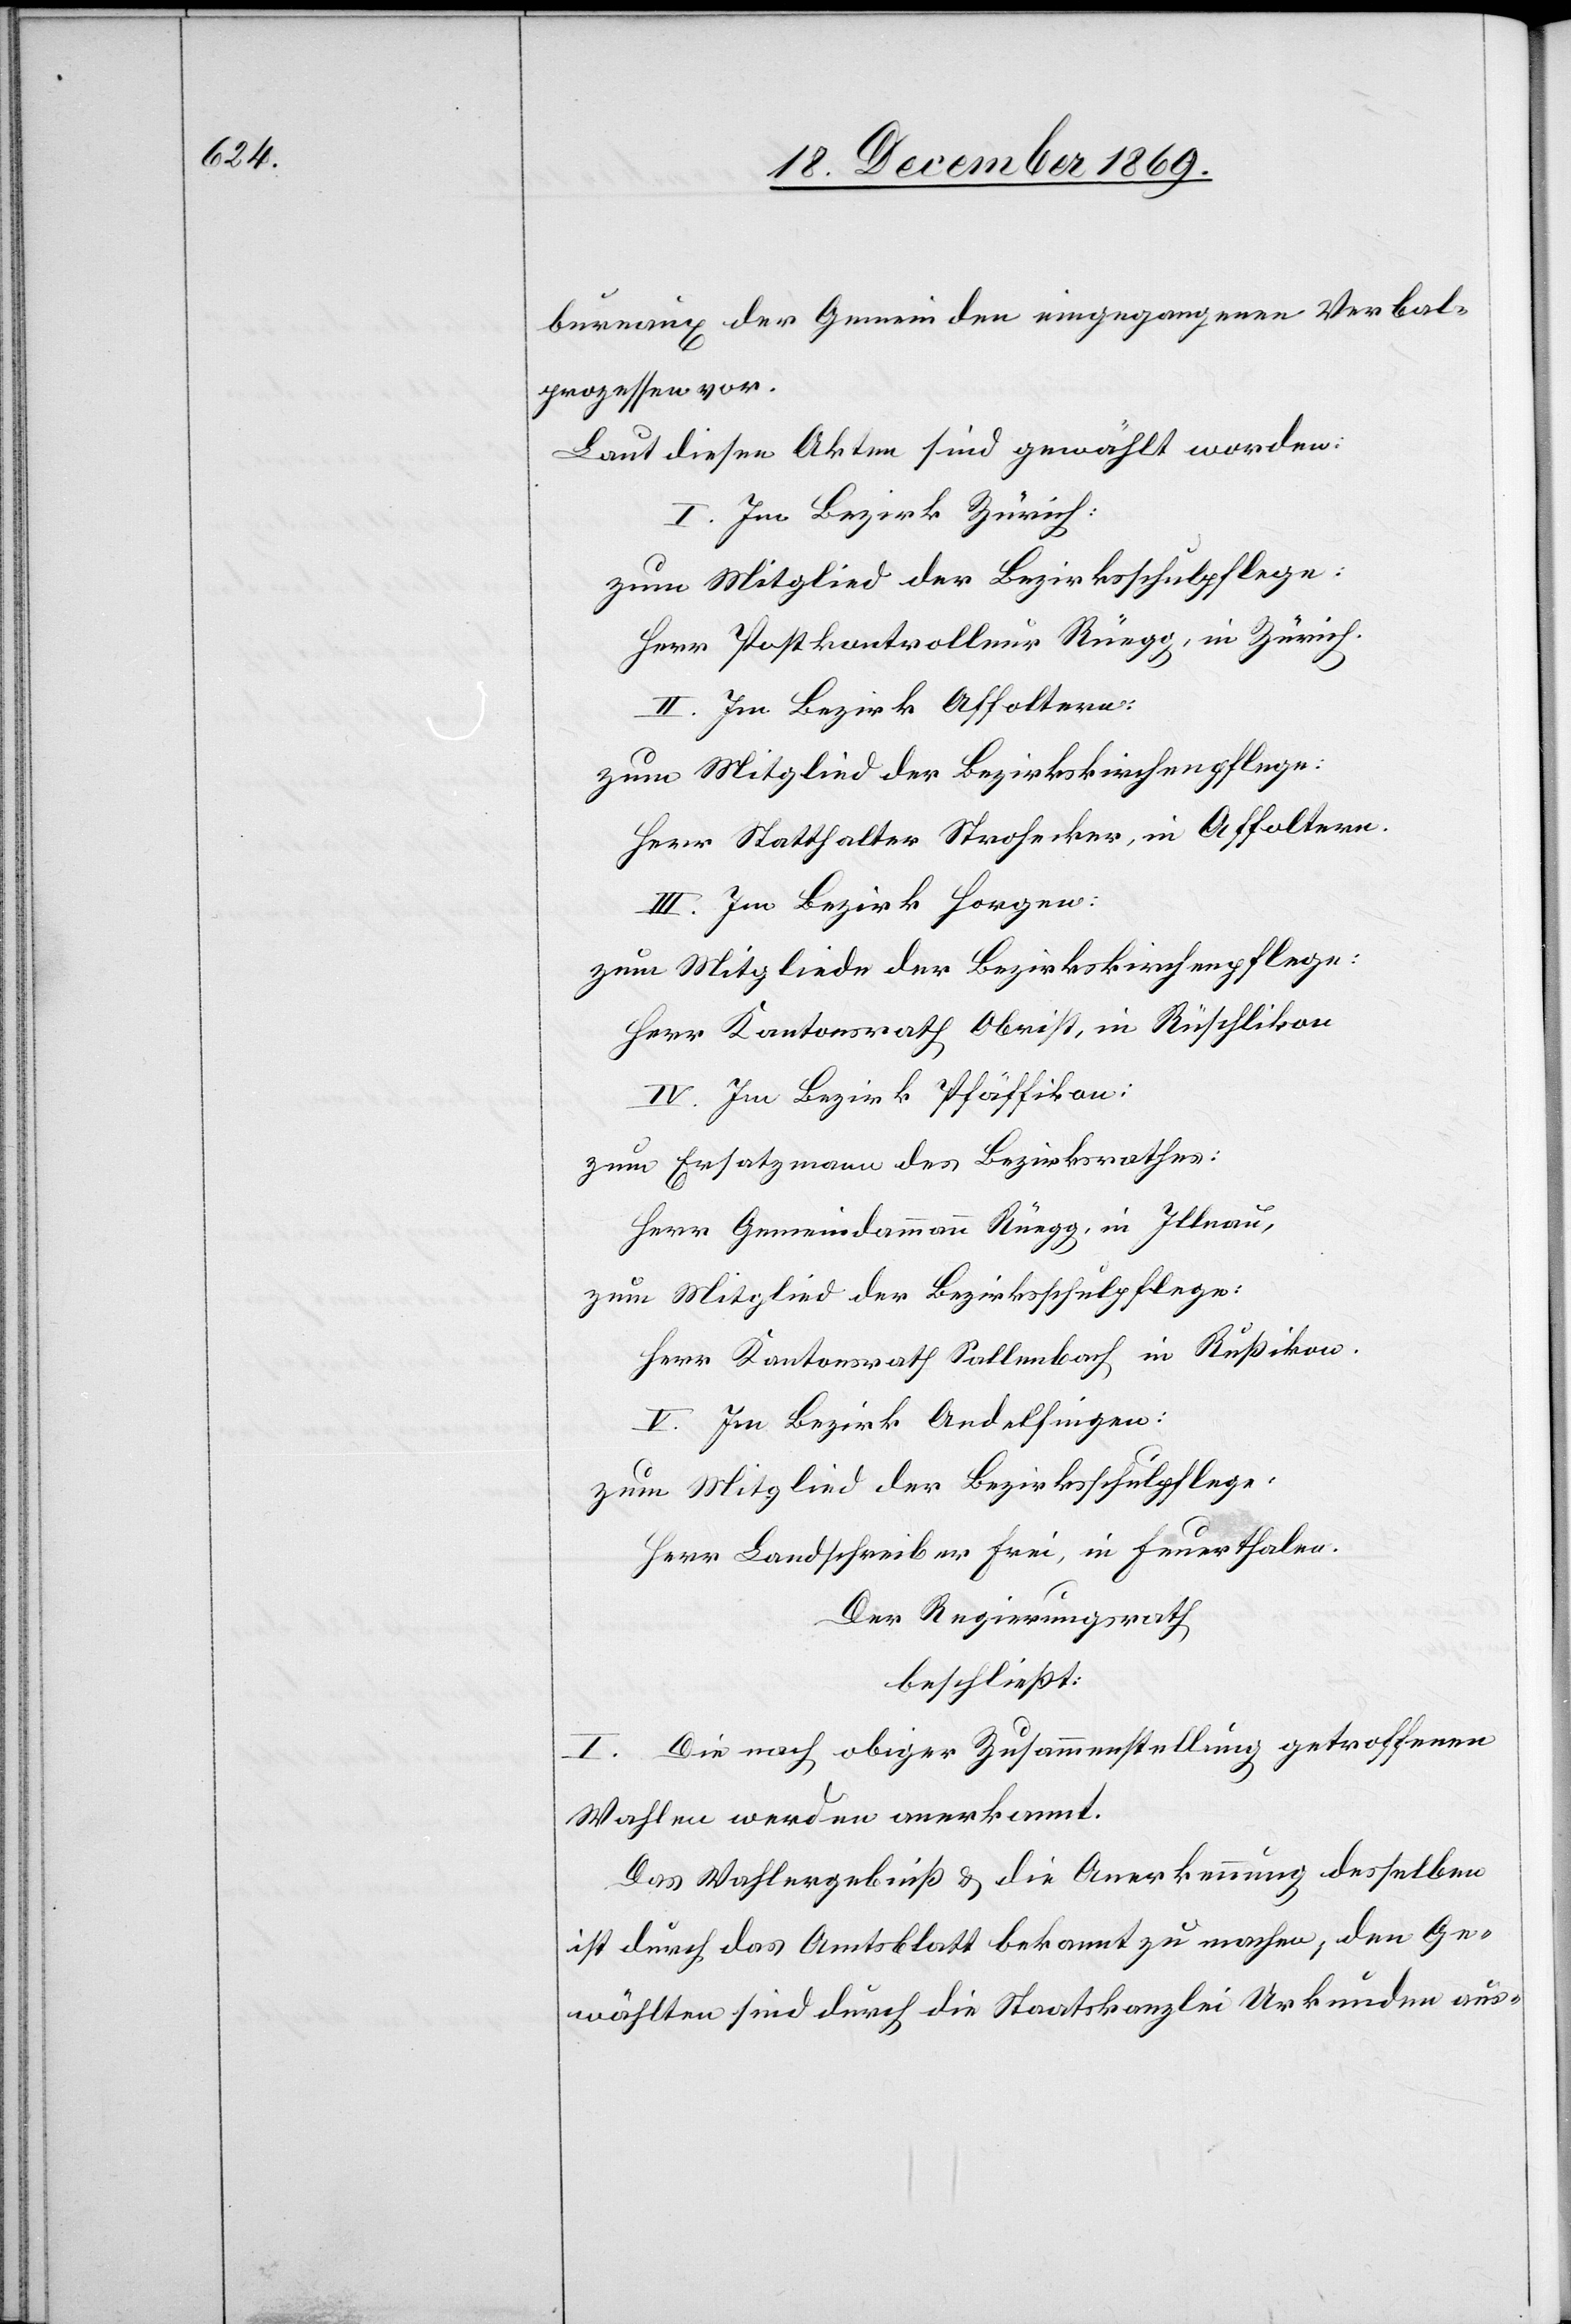
bureaux der Gemeinden eingegangenen Verbal¬
prozessen vor.
Laut diesen Akten sind gewählt worden:
I. Im Bezirk Zürich:
zum Mitglied der Bezirksschulpflege:
Herr Postkontrolleur Rüegg, in Zürich.
II. Im Bezirk Affoltern:
zum Mitglied der Bezirkskirchenpflege:
Herr Statthalter Strohecker, in Affoltern.
III. Im Bezirk Horgen:
zum Mitgliede der Bezirkskirchenpflege:
Herr Kantonsrath Obrist, in Rüschlikon
IV. Im Bezirk Pfäffikon:
zum Ersatzmann des Bezirksrathes:
Herr Gemeindammann Rüegg, in Illnau,
zum Mitglied der Bezirksschulpflege:
Herr Kantonsrath Sallenbach in Rußikon.
V. Im Bezirk Andelfingen:
zum Mitglied der Bezirksschulpflege:
Herr Landschreiber Frei, in Feuerthalen.
Der Regierungsrath
beschließt:
I. Die nach obiger Zusammenstellung getroffenen
Wahlen werden anerkannt.
Das Wahlergebniß & die Anerkennung desselben
ist durch das Amtsblatt bekannt zu machen, den Ge¬
wählten sind durch die Staatskanzlei Urkunden aus-